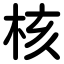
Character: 核